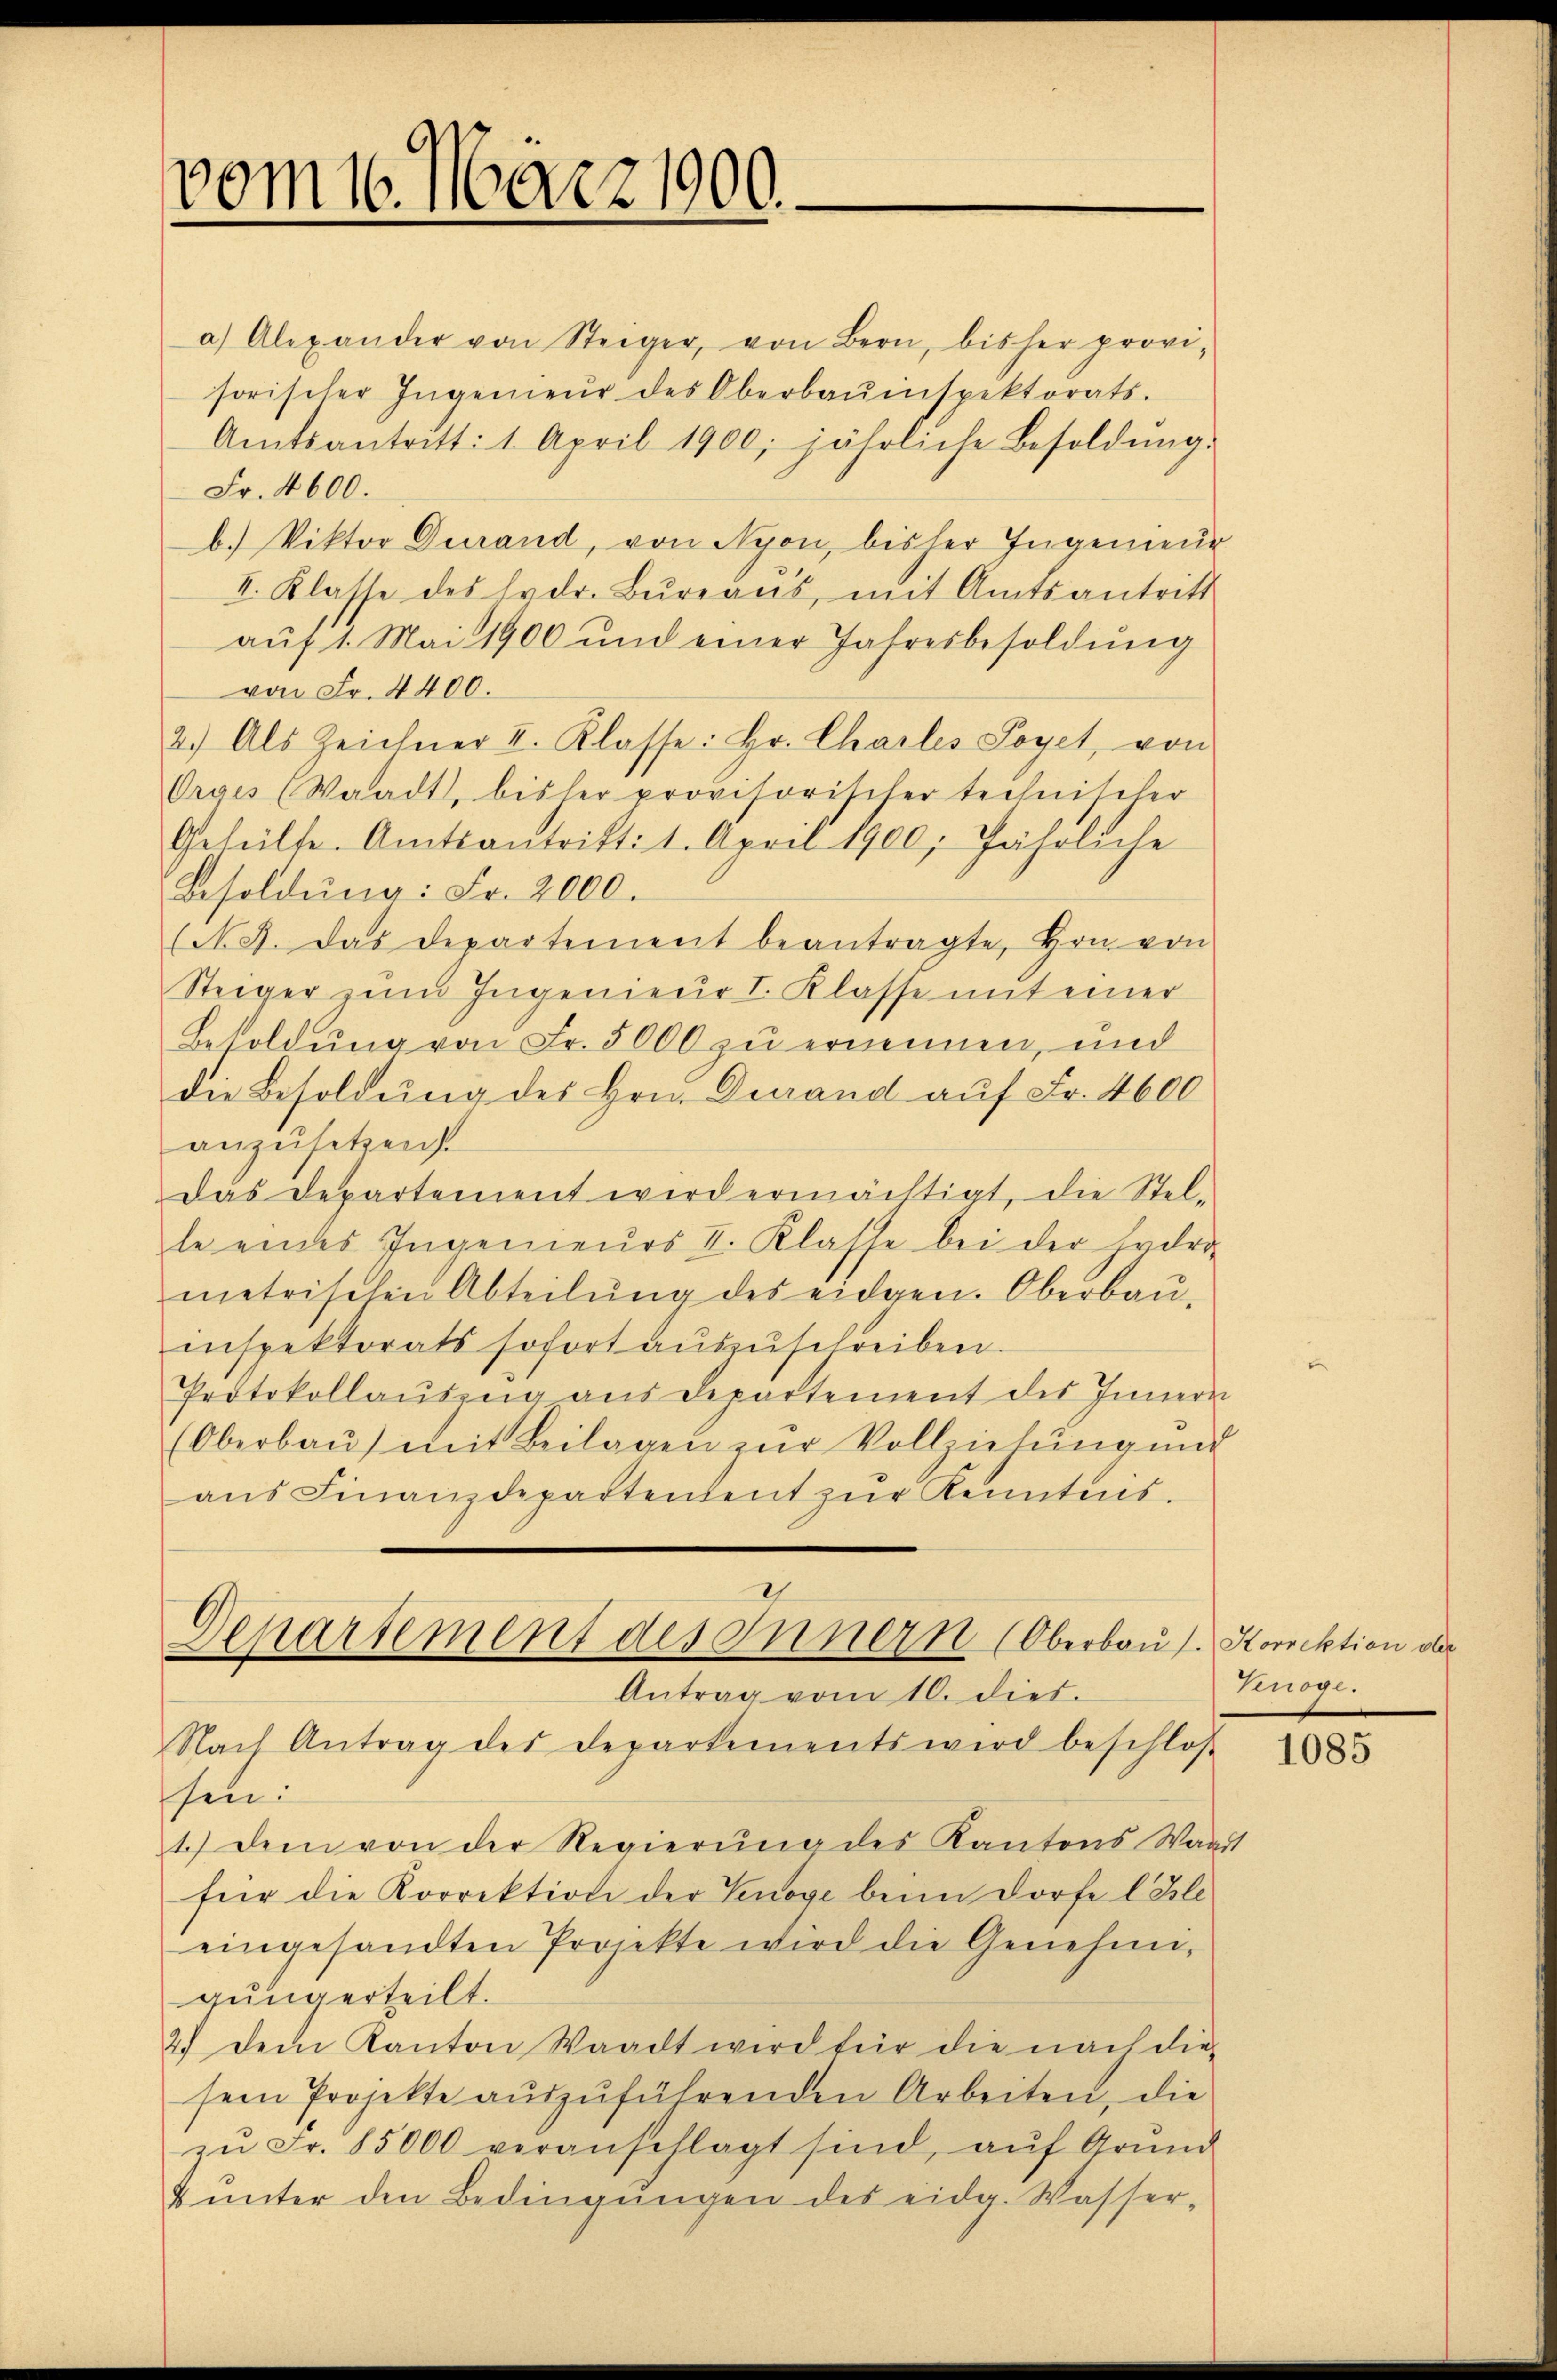
vom 16. März 1900.

a) Alexander von Steiger, von Bern, bisher provi-
sorischer Ingenieŭr des Oberbaŭespektorats.
Amtsantritt: 1. April 1900. jährliche Besoldŭng.
Fr. 4600.
b. Viktor Durand, von Nyon, bisher Ingenieur
II. Klasse des Erdr. Büreaŭs, mit Amtsantritt
aŭf 1. Mai 1900 und einer Jahresbesoldŭng
von Fr. 4400.
2.) Als Zeichner II. Klasse: Hr. Charles Soyet, von
Orais (Waadt, bisher provisorischer Technischer
Geheilte. Amtsantritt: 1. April 1900 Jährliche
Besoldŭng: Fr. 2000.
(N. 9. Das Departement beantragte, Hrn. von
Steiger zŭm Ingenieur I. Klasse mit einer
Besoldung von Fr. 5000 zu ernennen, und
die Besoldŭng des Hrn. Durand aŭf Fr. 4600
anzusetzen.
das Departement wird ermächtigt, die Stel-
le eines Ingenieŭrs II. Klasse bei der Hydro-
metrischen Abteilŭng des eidgen. Oberbau-
inspektorats sofort auszuschreiben.
Protokollaŭszŭg aŭs departement des Innern
(Oberbaŭ) mit Beilagen zŭr Vollziehŭng und
aŭs Finanzdepartendent zŭr Kenntnis.
Departement des Innern (Oberbau s. Korrektion der
Antrag vom 10. dies.
Nach Antrag des Departements wird beschlos
sen:
1.) Dem von der Regierŭng des Kantons Wai
für die Korrektion der Genose beim Dorfe l. Ble
eingesandten Projekte wird die Genehmigung erteilt.
2.) Dem Kanton Waadt wird für die nach die
sem Projekte aŭszŭführenden Arbeiten, die
zŭ Fr. 85000 veranschlagt sind, aŭf Grŭnd
 ŭnter den Bedingŭngen des eidg. Wasser-

Knöge.

4

1085